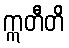
ဣတီတိ